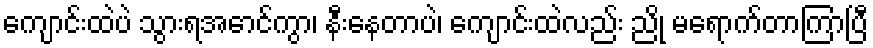
ကျောင်းထဲပဲ သွားရအောင်ကွာ၊ နီးနေတာပဲ၊ ကျောင်းထဲလည်း ညို မရောက်တာကြာပြီ